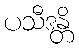
ပသီဒန္တိ